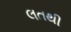
લતથી